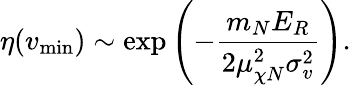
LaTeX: \eta(v_{\mathrm{min}})\sim\exp\left(-\frac{m_{N}E_{R}}{2\mu_{\chi N}^{2}\sigma_{v}^{2}}\right).